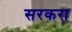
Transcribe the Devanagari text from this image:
सरकरा